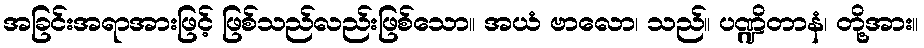
အခြင်းအရာအားဖြင့် ဖြစ်သည်လည်းဖြစ်သော။ အယံ ဗာလော၊ သည်။ ပဏ္ဍိတာနံ၊ တို့အား။